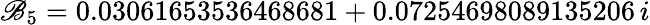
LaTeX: \mathscr{B}_{5}=0.03061653536468681+0.07254698089135206\, i